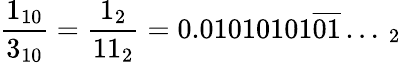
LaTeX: {\frac{1_{10}}{3_{10}}}={\frac{1_{2}}{11_{2}}}=0.01010101{\overline{{01}}}\ldots\, _{2}